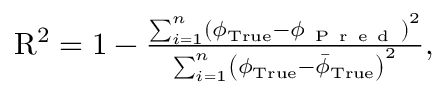
\begin{array} { r } { \mathrm { R } ^ { 2 } = 1 - \frac { \sum _ { i = 1 } ^ { n } \left( \phi _ { \mathrm { T r u e } } - \phi _ { \mathrm { ~ P ~ r ~ e ~ d ~ } } \right) ^ { 2 } } { \sum _ { i = 1 } ^ { n } \left( \phi _ { \mathrm { T r u e } } - \bar { \phi } _ { \mathrm { T r u e } } \right) ^ { 2 } } , } \end{array}